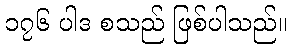
၁၇၆ ပါဒ စသည် ဖြစ်ပါသည်။